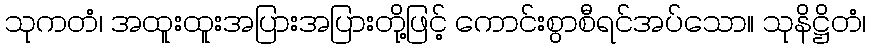
သုကတံ၊ အထူးထူးအပြားအပြားတို့ဖြင့် ကောင်းစွာစီရင်အပ်သော။ သုနိဋ္ဌိတံ၊